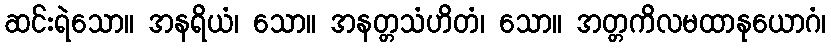
ဆင်းရဲသော။ အနရိယံ၊ သော။ အနတ္တသံဟိတံ၊ သော။ အတ္တကိလမထာနုယောဂံ၊